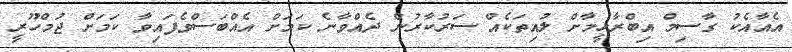
އެއާއެކު ގާސިމް އިބްރާހީމާށް ލުއިތަކެއް ސަރުކާރުން ދެއްވާނެ ކަމަށް އެއްބަސްވެފައިވާ ކަމަށް ޖުމްހޫރީ